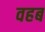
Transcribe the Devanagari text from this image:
वहब